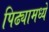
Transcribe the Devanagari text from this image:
पिढ्यामध्ये